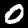
Label: 0